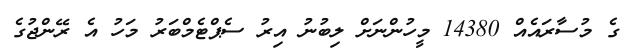
ގެ މުސާރައެއް 14380 މީހުންނަށް ލިބުނު އިރު ސެޕްޓެމްބަރު މަހު އެ ރޭންޖުގެ